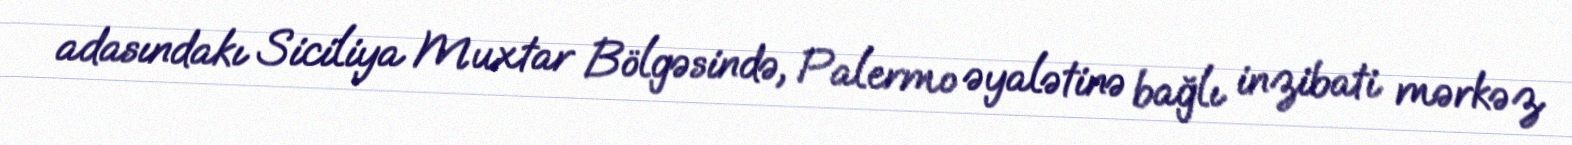
adasındakı Siciliya Muxtar Bölgəsində, Palermo əyalətinə bağlı inzibati mərkəz